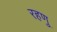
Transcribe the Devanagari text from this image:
रहणु